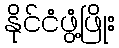
နိုင်ငံဖွံ့ဖြိုး